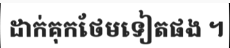
ដាក់គុកថែមទៀតផង ។